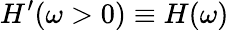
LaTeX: H^{\prime}(\omega>0)\equiv H(\omega)